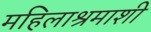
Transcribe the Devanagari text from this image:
महिलाश्रमाशी